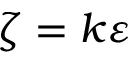
\zeta = k \varepsilon